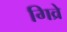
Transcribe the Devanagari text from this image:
गिव्रे